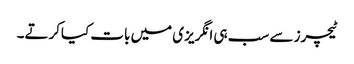
ٹیچرز سے سب ہی انگریزی میں بات کیاکرتے۔